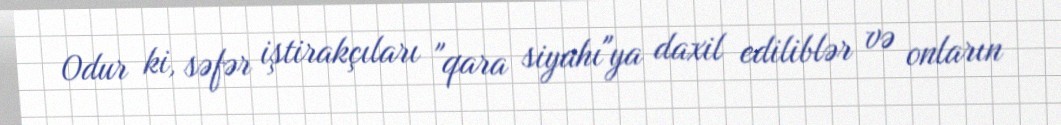
Odur ki, səfər iştirakçıları "qara siyahı"ya daxil ediliblər və onların